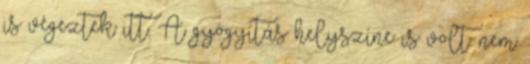
is végeztek itt. A gyógyítás helyszíne is volt: nem